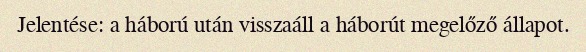
Jelentése: a háború után visszaáll a háborút megelőző állapot.